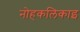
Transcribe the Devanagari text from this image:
नोहकलिकाइ